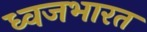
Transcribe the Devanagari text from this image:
ध्वजभारत